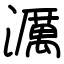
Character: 濿